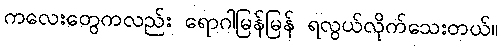
ကလေးတွေကလည်း ရောဂါမြန်မြန် ရလွယ်လိုက်သေးတယ်။